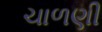
ચાળણી